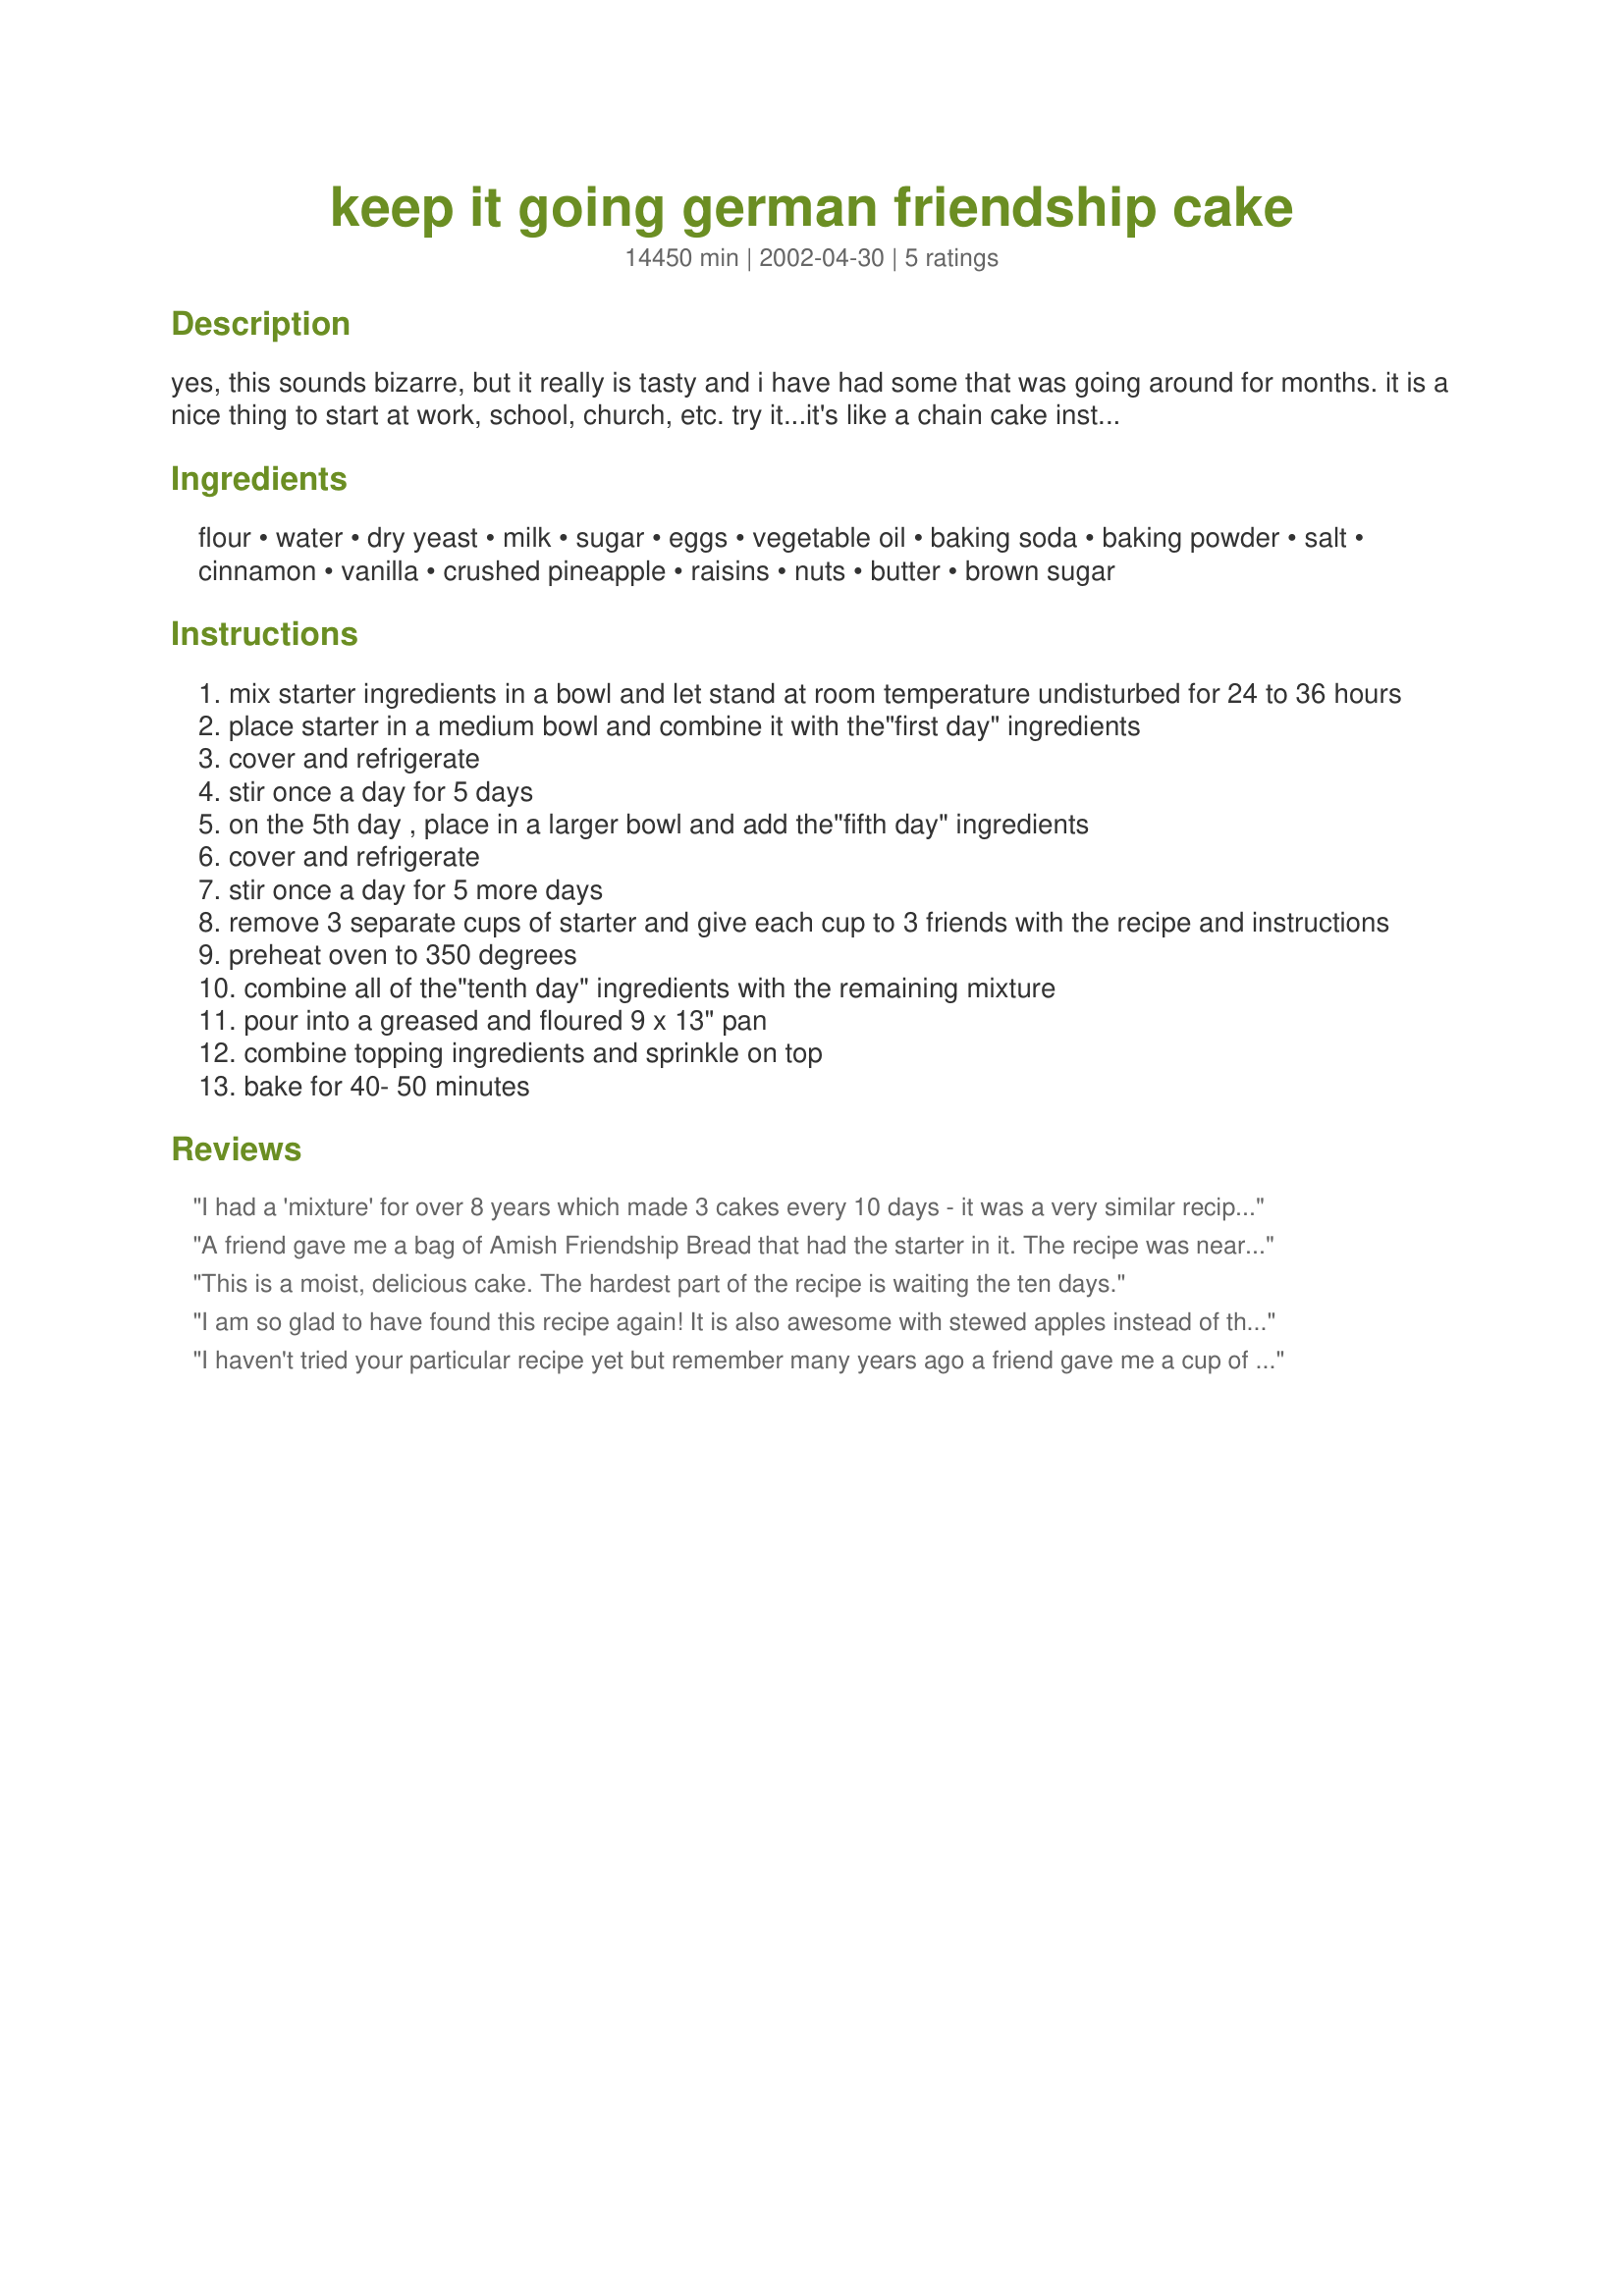
keep it going german friendship cake
Preparation time: 14450 minutes

yes, this sounds bizarre, but it really is tasty and i have had some that was going around for months. it is a nice thing to start at work, school, church, etc. try it...it's like a chain cake instead of a chain letter :)

Ingredients:
flour, water, dry yeast, milk, sugar, eggs, vegetable oil, baking soda, baking powder, salt, cinnamon, vanilla, crushed pineapple, raisins, nuts, butter, brown sugar

Steps:
mix starter ingredients in a bowl and let stand at room temperature undisturbed for 24 to 36 hours
place starter in a medium bowl and combine it with the"first day" ingredients
cover and refrigerate
stir once a day for 5 days
on the 5th day , place in a larger bowl and add the"fifth day" ingredients
cover and refrigerate
stir once a day for 5 more days
remove 3 separate cups of starter and give each cup to 3 friends with the recipe and instructions
preheat oven to 350 degrees
combine all of the"tenth day" ingredients with the remaining mixture
pour into a greased and floured 9 x 13" pan
combine topping ingredients and sprinkle on top
bake for 40- 50 minutes

Reviews:
I had a 'mixture' for over 8 years which made 3 cakes every 10 days - it was a very similar recipe and process. Apples were the suggested fruit but I have used just about every fruit there is - banana, pineapple and apple being the most successful. Over the years I exhausted my friends and contacts who wanted to have a 'share' and used to make the cakes and freeze them.

The wonderful thing about this mixture was that you could leave it/forget it/ignore it for days but it would soon come back to life with the addition of milk, flour and sugar.

I had to finish with my 'old mixture' when we emigrated to New Zealand but I will be starting another one soon !
A friend gave me a bag of Amish Friendship Bread that had the starter in it. The recipe was nearly identical to this (except the starter) but it did not include the fruit. It was super tasty and easy to make. After a about 4 repitions I was a little overwhelmed with the amount of bread it made (just me and my 4yr old son). Now with my husband home from Afghanistan I should make it again (and again and again). Thanks! Saeriu
This is a moist, delicious cake. The hardest part of the recipe is waiting the ten days.
I am so glad to have found this recipe again! It is also awesome with stewed apples instead of the pineapple. I have also made it with grated carrot! Excellent as muffins;in a fluted ring pan or as a loaf. So versatile!
I haven't tried your particular recipe yet but remember many years ago a friend gave me a cup of starter that sounds similar to this. According to her, the starter was from a batch that was many years old and had come a long way. I never checked the validity of this but had no reason to doubt her word.
My job with my portion was to "feed" it a cup of flour and a cup of milk (or water--can't remember) every week. As I needed it for biscuits or whatever, I took the amount out I needed. The important thing was never to forget to feed it or it would die. Sadly I don't have the starter now as I must have slipped up years ago!
At any rate, it was super and made great biscuits, quick breads, pancakes, etc.
